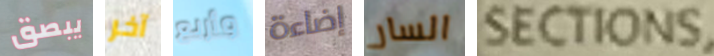
يبصق آخر وأربع إضاءة السار SECTIONS